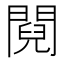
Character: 䦧